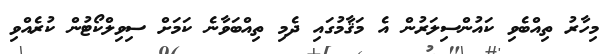
މިހާރު ތިއްބެވި ކައުންސިލަރުން އެ މަޤާމުގައި ދެމި ތިއްބަވާނެ ކަމަށް ސިވިލްކޯޓުން ކުރެއްވި